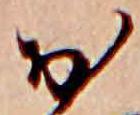
お